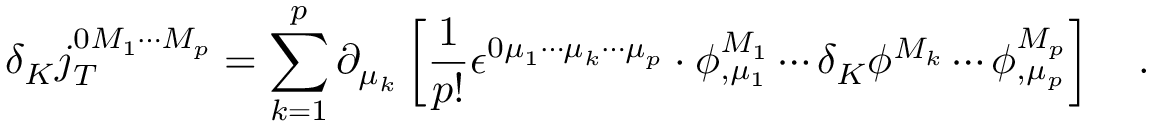
\delta _ { K } j _ { T } ^ { 0 M _ { 1 } \cdots M _ { p } } = \sum _ { k = 1 } ^ { p } \partial _ { \mu _ { k } } \left[ \frac 1 { p ! } \epsilon ^ { 0 \mu _ { 1 } \cdots \mu _ { k } \cdots \mu _ { p } } \cdot \phi _ { , \mu _ { 1 } } ^ { M _ { 1 } } \cdots \delta _ { K } \phi ^ { M _ { k } } \cdots \phi _ { , \mu _ { p } } ^ { M _ { p } } \right] \quad .